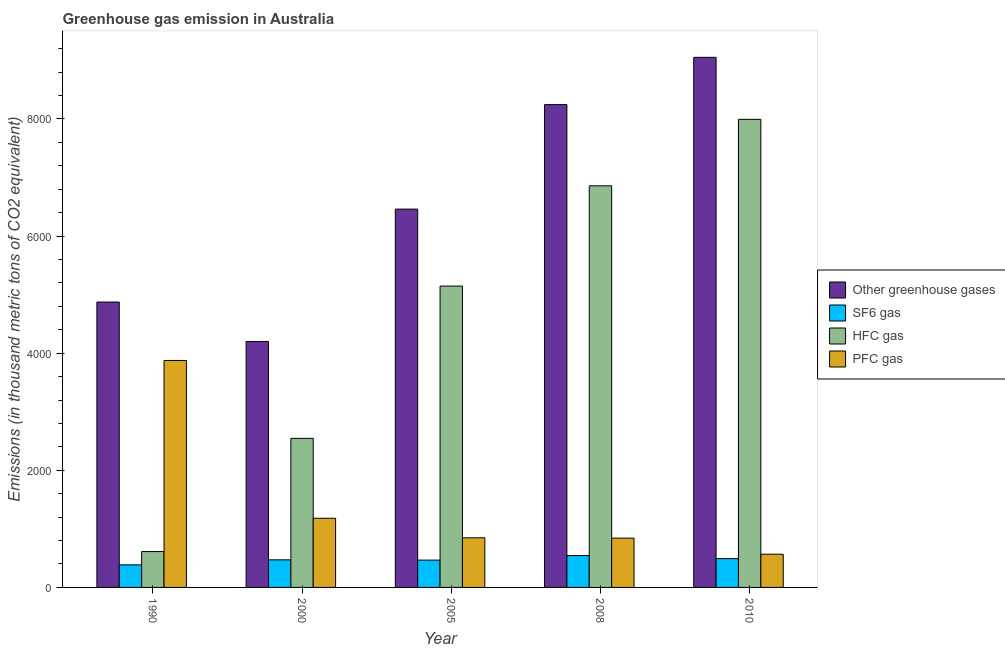
| Year | Other greenhouse gases | SF6 gas | HFC gas | PFC gas |
 | --- | --- | --- | --- | --- |
 | 1990 | 4.87e+03 | 385 | 612 | 3.88e+03 |
 | 2000 | 4.2e+03 | 471 | 2.55e+03 | 1.18e+03 |
 | 2005 | 6.46e+03 | 467 | 5.15e+03 | 847 |
 | 2008 | 8.24e+03 | 544 | 6.86e+03 | 842 |
 | 2010 | 9.05e+03 | 492 | 7.99e+03 | 567 |